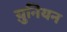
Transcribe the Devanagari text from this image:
य़ुनियन